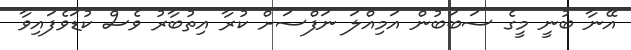
އޭނާ ބުނީ މީގެ ސަބަބުން އަމިއްލަ ނަފްސަށް ކުރާ އިތުބާރު ވެސް ކުޑަވެފައިވާ